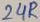
Text: 24R